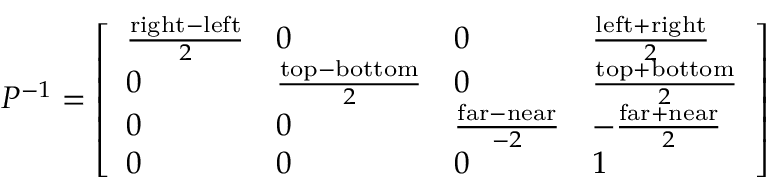
P ^ { - 1 } = { \left[ \begin{array} { l l l l } { { \frac { { \mathrm { r i g h t } } - { \mathrm { l e f t } } } { 2 } } } & { 0 } & { 0 } & { { \frac { { \mathrm { l e f t } } + { \mathrm { r i g h t } } } { 2 } } } \\ { 0 } & { { \frac { { \mathrm { t o p } } - { \mathrm { b o t t o m } } } { 2 } } } & { 0 } & { { \frac { { \mathrm { t o p } } + { \mathrm { b o t t o m } } } { 2 } } } \\ { 0 } & { 0 } & { { \frac { { \mathrm { f a r } } - { \mathrm { n e a r } } } { - 2 } } } & { - { \frac { { \mathrm { f a r } } + { \mathrm { n e a r } } } { 2 } } } \\ { 0 } & { 0 } & { 0 } & { 1 } \end{array} \right] }